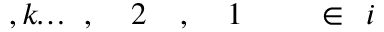
i \! \! \! \! \! \! \! \! \! \! \! \! \in \! \! \! \! \! \! \! \! \! \! \! \! { \! \! \! \! \! \! \! \! \! \! \! \! 1 \! \! \! \! \! \! \! \! \! \! \! \! , \! \! \! \! \! \! \! \! \! \! \! \! 2 \! \! \! \! \! \! \! \! \! \! \! \! , \! \! \! \! \! \! \! \! \! \! \! \! \ldots \! \! \! \! \! \! \! \! \! \! \! \! , k \! \! \! \! \! \! \! \! \! \! \! \! } \! \! \! \! \! \! \! \! \! \! \!